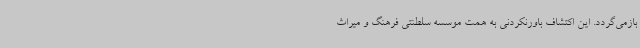
بازمی‌گردد. این اکتشاف باورنکردنی به همت موسسه سلطنتی فرهنگ و میراث